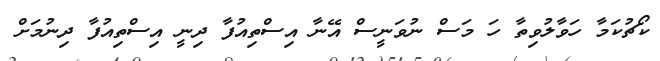
ކޯޗުކަމާ ހަވާލުވިތާ ހަ މަސް ނުވަނީސް އޭނާ އިސްތިއުފާ ދިނީ އިސްތިއުފާ ދިނުމަށް